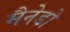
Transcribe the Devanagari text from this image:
मैनेडो